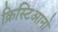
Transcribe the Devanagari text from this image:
क्रिस्टिआनो